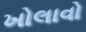
ખોલાવો